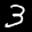
Label: 3